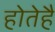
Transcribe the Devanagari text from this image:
होतेहैं